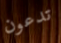
تدعون